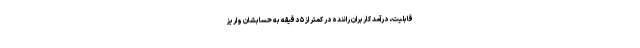
قابلیت، درآمد کاربران راننده‌ در کمتر از ۵ دقیقه به حسابشان واریز